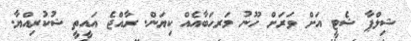
ޝިލްޕާ ޝެޓީ އަށް ވަރަށް ހޫނު މަރޙަބާއެއް ކިޔަން. ރާއްޖެ އައީތީ ޝުކުރިއްޔާ.